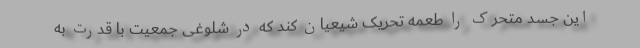
این جسد متحرک را طعمه تحریک شیعیان کند که در شلوغی جمعیت با قدرت به